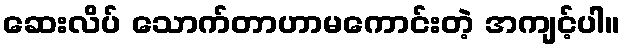
ဆေးလိပ် သောက်တာဟာမကောင်းတဲ့ အကျင့်ပါ။